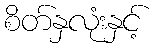
စိတ်နှလုံးနှင့်